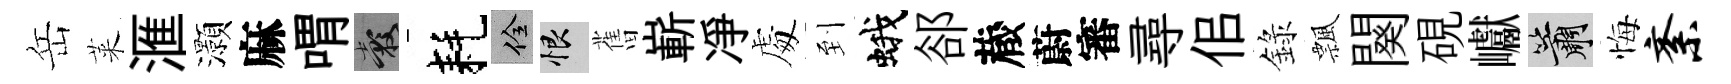
岳萊滙灝麻喟穀耗佺恨𦾔嶄凈䖏到蛾郤蔵蔚審尋佀錄飄闋硯巘簫悔紊